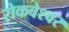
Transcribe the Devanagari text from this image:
रोकबेश्वर